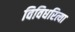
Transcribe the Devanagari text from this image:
विविधरित्या